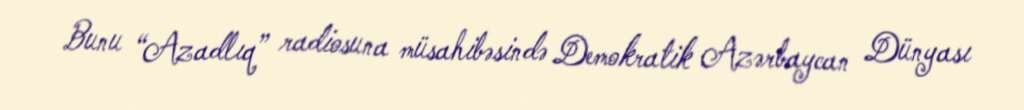
Bunu “Azadlıq” radiosuna müsahibəsində Demokratik Azərbaycan Dünyası